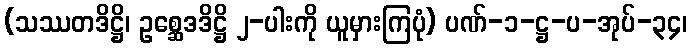
(သဿတဒိဋ္ဌိ၊ ဥစ္ဆေဒဒိဋ္ဌိ ၂-ပါးကို ယူမှားကြပုံ) ပဏ်-၁-ဋ္ဌ-ပ-အုပ်-၃၄၊